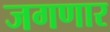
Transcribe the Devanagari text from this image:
जगणार